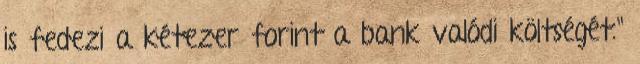
is fedezi a kétezer forint a bank valódi költségét."